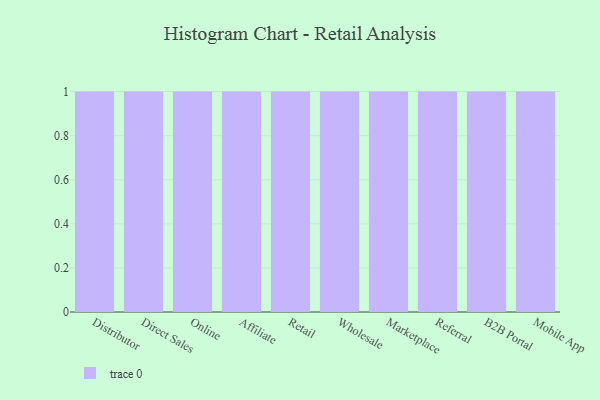
{"axis": {"x": "Channel", "y": "Net Income (USD K)"}, "legend": [""], "data": [{"x": "Distributor", "y": 44, "type": ""}, {"x": "Direct Sales", "y": 36, "type": ""}, {"x": "Online", "y": 44, "type": ""}, {"x": "Affiliate", "y": 11, "type": ""}, {"x": "Retail", "y": 23, "type": ""}, {"x": "Wholesale", "y": 25, "type": ""}, {"x": "Marketplace", "y": 95, "type": ""}, {"x": "Referral", "y": 37, "type": ""}, {"x": "B2B Portal", "y": 25, "type": ""}, {"x": "Mobile App", "y": 35, "type": ""}]}